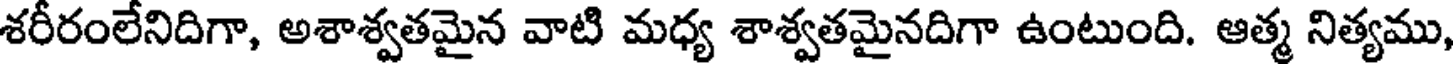
శరీరంలేనిదిగా, అశాశ్వతమైన వాటి మధ్య శాశ్వతమైనదిగా ఉంటుంది. ఆత్మ నిత్యము,